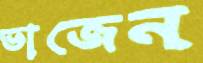
ভাজেন